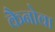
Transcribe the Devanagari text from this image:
कैनोवा